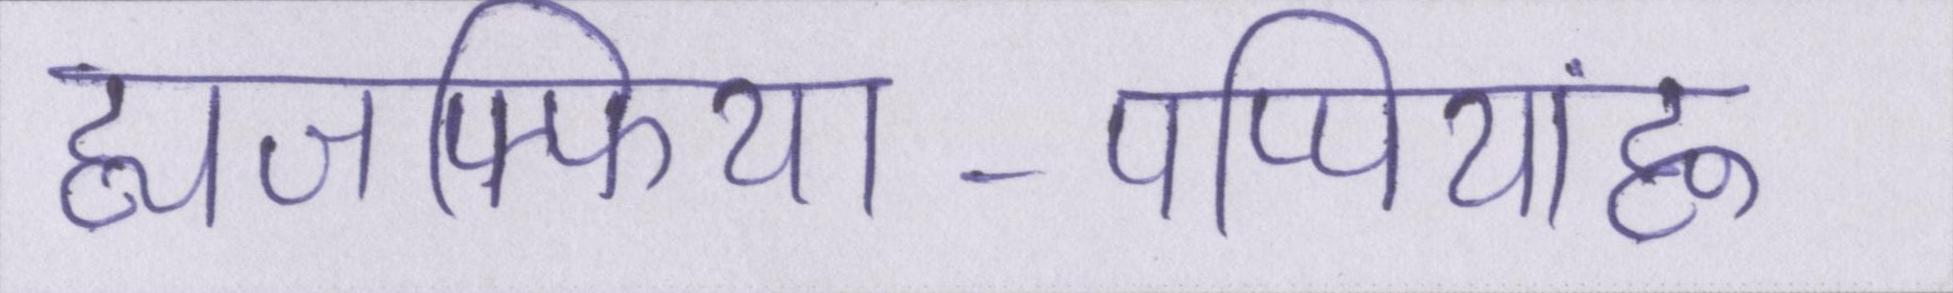
ह्यजफ्फिया-पप्पियांह्ण